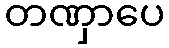
တဏှာပေ